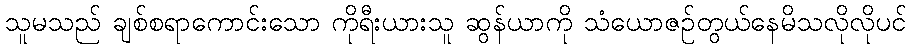
သူမသည် ချစ်စရာကောင်းသော ကိုရီးယားသူ ဆွန်ယာကို သံယောဇဉ်တွယ်နေမိသလိုလိုပင်